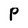
Character: P